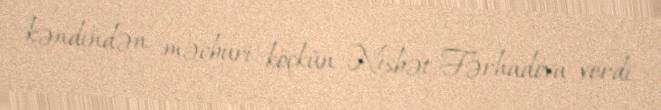
kəndindən məcburi köçkün Nisbət Fərhadova verdi.